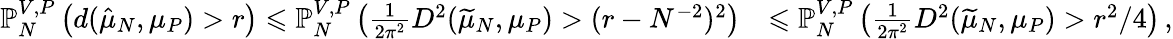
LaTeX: \begin{array}{rl}{\mathbb{P}_{N}^{V,P}\left(d(\hat{\mu}_{N},\mu_{P})>r\right)\leqslant\mathbb{P}_{N}^{V,P}\left(\frac{1}{2\pi^{2}}D^{2}(\widetilde{\mu}_{N},\mu_{P})>(r-N^{-2})^{2}\right)}&{\leqslant\mathbb{P}_{N}^{V,P}\left(\frac{1}{2\pi^{2}}D^{2}(\widetilde{\mu}_{N},\mu_{P})>r^{2}/4\right)\, ,}\end{array}